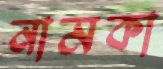
নামকা